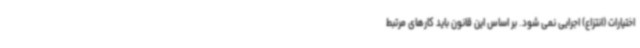
اختیارات (انتزاع) اجرایی نمی شود. بر اساس این قانون باید کارهای مرتبط